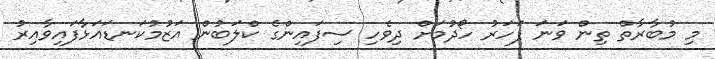
މި މުބާރާތް ތިން ވަނަ ފަހަރު ހޯދުމަށް ދިވެހި ސިފައިންގެ ކްލަބުން އަޒުމުކަނޑައަޅާފައިވާއިރު